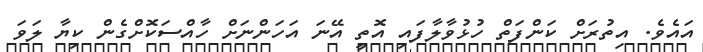
އައެވެ. އިތުރަށް ކަންފަތް ހުޅުވާލާފައި އޮތީ އޭނަ އަހަންނަށް ހާއްސަކޮށްގެން ކިޔާ ލަވަ